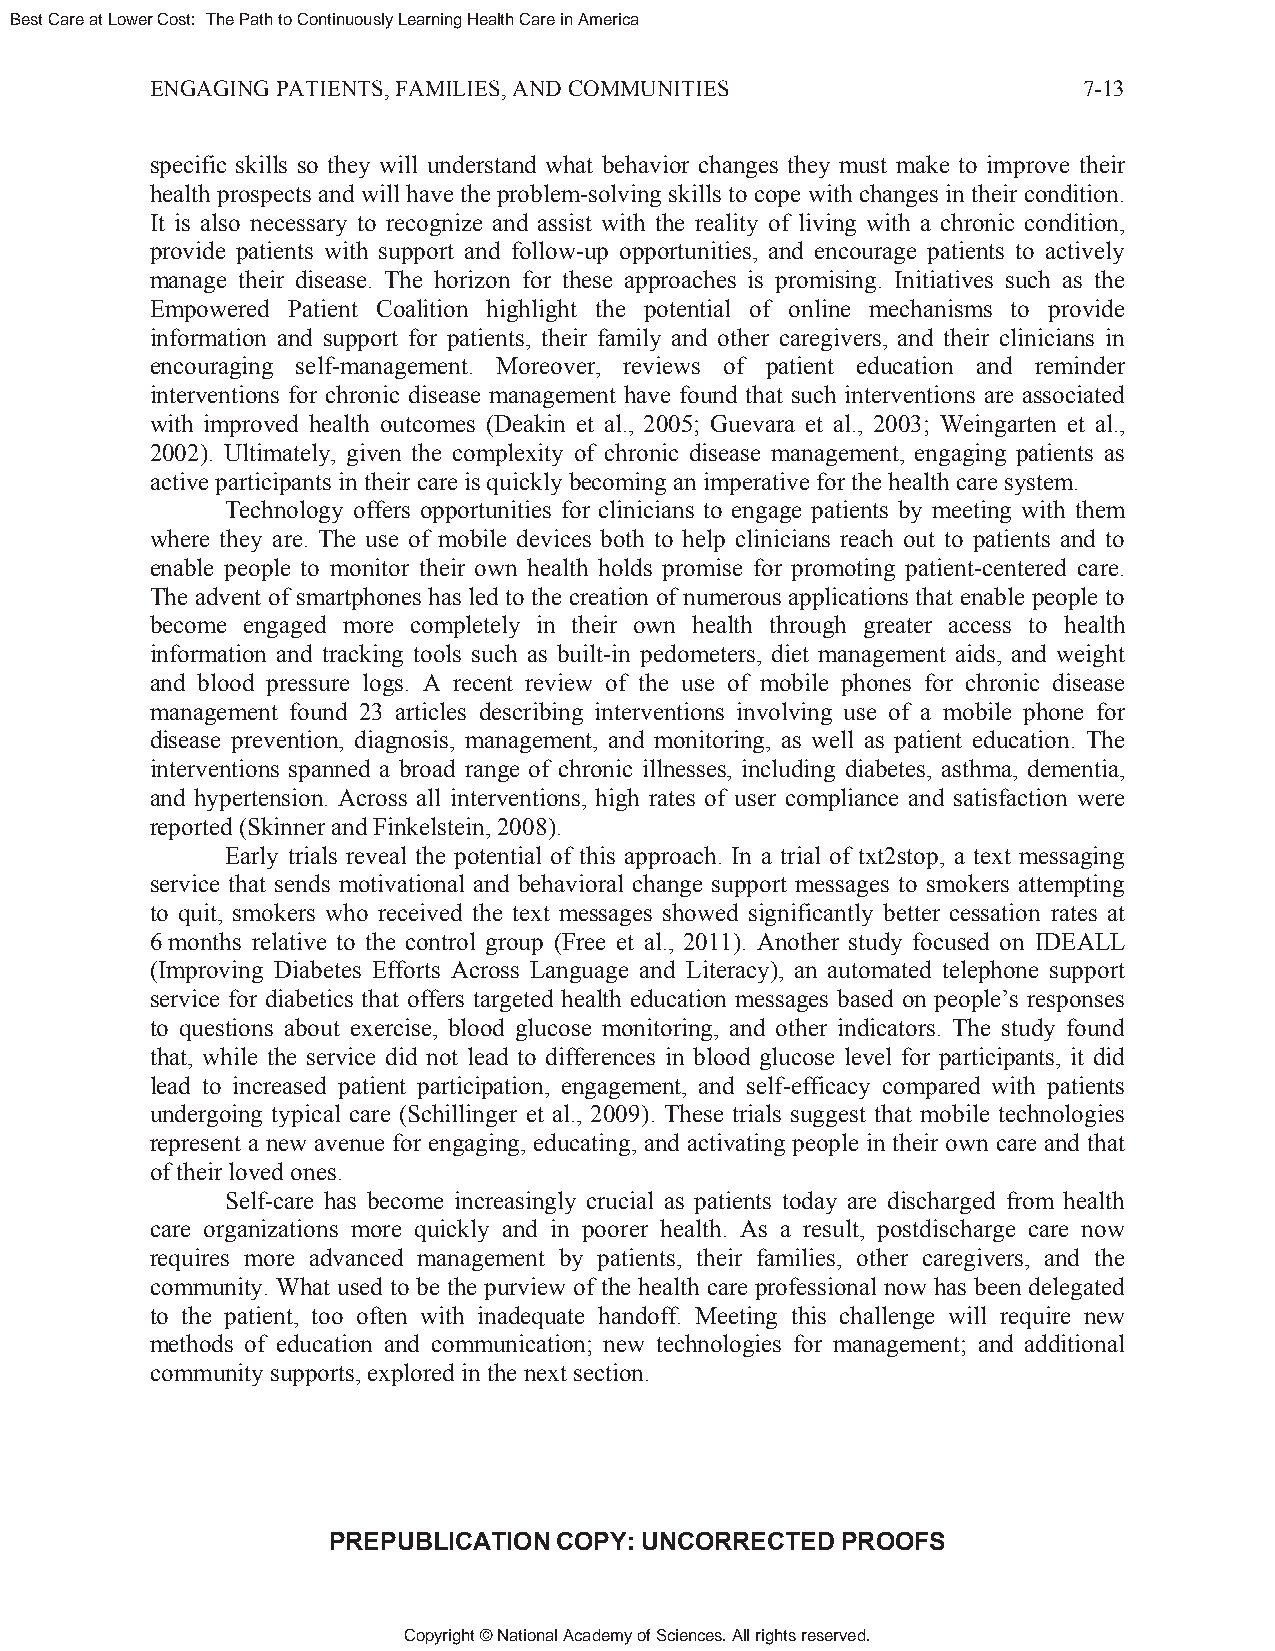
Best Care at Lower Cost: The Path to Continuously Learning Health Care in America
 ENGAGING PATIENTS, FAMILIES, AND COMMUNITIES                  7-13
 specific skills so they will understand what behavior changes they must make to improve their
 health prospects and will have the problem-solving skills to cope with changes in their condition.
 It is also necessary to recognize and assist with the reality of living with a chronic condition,
 provide patients with support and follow-up opportunities, and encourage patients to actively
 manage their disease. The horizon for these approaches is promising. Initiatives such as the
 Empowered Patient Coalition highlight the potential of online mechanisms to provide
 information and support for patients, their family and other caregivers, and their clinicians in
 encouraging self-management. Moreover, reviews of patient education and reminder
 interventions for chronic disease management have found that such interventions are associated
 with improved health outcomes (Deakin et al., 2005; Guevara et al., 2003; Weingarten et al.,
 2002). Ultimately, given the complexity of chronic disease management, engaging patients as
 active participants in their care is quickly becoming an imperative for the health care system.
 Technology offers opportunities for clinicians to engage patients by meeting with them
 where they are. The use of mobile devices both to help clinicians reach out to patients and to
 enable people to monitor their own health holds promise for promoting patient-centered care.
 The advent of smartphones has led to the creation of numerous applications that enable people to
 become engaged more completely in their own health through greater access to health
 information and tracking tools such as built-in pedometers, diet management aids, and weight
 and blood pressure logs. A recent review of the use of mobile phones for chronic disease
 management found 23 articles describing interventions involving use of a mobile phone for
 disease prevention, diagnosis, management, and monitoring, as well as patient education. The
 interventions spanned a broad range of chronic illnesses, including diabetes, asthma, dementia,
 and hypertension. Across all interventions, high rates of user compliance and satisfaction were
 reported (Skinner and Finkelstein, 2008).
 Early trials reveal the potential of this approach. In a trial of txt2stop, a text messaging
 service that sends motivational and behavioral change support messages to smokers attempting
 to quit, smokers who received the text messages showed significantly better cessation rates at
 6 months relative to the control group (Free et al., 2011). Another study focused on IDEALL
 (Improving Diabetes Efforts Across Language and Literacy), an automated telephone support
 service for diabetics that offers targeted health education messages based on people’s responses
 to questions about exercise, blood glucose monitoring, and other indicators. The study found
 that, while the service did not lead to differences in blood glucose level for participants, it did
 lead to increased patient participation, engagement, and self-efficacy compared with patients
 undergoing typical care (Schillinger et al., 2009). These trials suggest that mobile technologies
 represent a new avenue for engaging, educating, and activating people in their own care and that
 of their loved ones.
 Self-care has become increasingly crucial as patients today are discharged from health
 care organizations more quickly and in poorer health. As a result, postdischarge care now
 requires more advanced management by patients, their families, other caregivers, and the
 community. What used to be the purview of the health care professional now has been delegated
 to the patient, too often with inadequate handoff. Meeting this challenge will require new
 methods of education and communication; new technologies for management; and additional
 community supports, explored in the next section.
 PREPUBLICATION COPY: UNCORRECTED  PROOFS
 Copyright © National Academy of Sciences. All rights reserved.